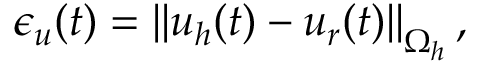
\epsilon _ { u } ( t ) = \left| \left| \boldsymbol { u } _ { h } ( t ) - \boldsymbol { u } _ { r } ( t ) \right| \right| _ { \Omega _ { h } } ,